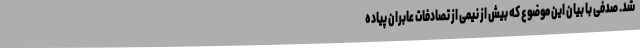
شد. صدفی با بیان این موضوع که بیش از نیمی از تصادفات عابران پیاده